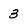
Character: 3